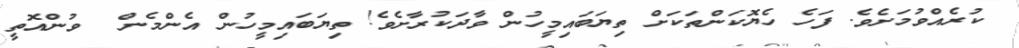
ކުރެއްވުމަށެވެ. ފަހެ ހެޔޮކަންތަކަށް ތިޔަބައިމީހުން ވާދަކުރާށެވެ! ތިޔަބައިމީހުން އެންމެން  ވުންއޮތީ